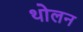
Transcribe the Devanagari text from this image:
थोलन